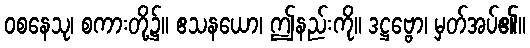
ဝစနေသု၊ စကားတို့၌။ ဧသနယော၊ ဤနည်းကို။ ဒဋ္ဌဗ္ဗော၊ မှတ်အပ်၏။